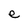
Character: e